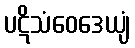
ပဋိသံဝေဒေယျံ